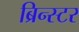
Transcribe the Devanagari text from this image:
ब्रिन्स्टर